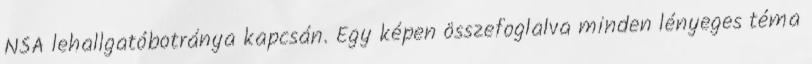
NSA lehallgatóbotránya kapcsán. Egy képen összefoglalva minden lényeges téma